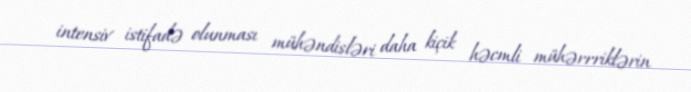
intensiv istifadə olunması mühəndisləri daha kiçik həcmli mühərrriklərin